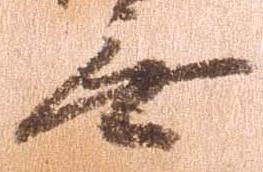
無